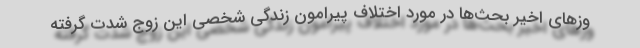
وز‌های اخیر بحث‌ها در مورد اختلاف پیرامون زندگی شخصی این زوج شدت گرفته